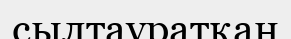
сылтауратқан